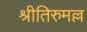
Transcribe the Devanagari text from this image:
श्रीतिरुमल्ल